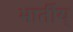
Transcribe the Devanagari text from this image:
भार्तीय्